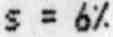
S = 6%